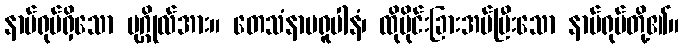
နာမ်ရုပ်ရှိသော ပုဂ္ဂိုလ်အား။ တေသံနာမရူပါနံ၊ ထိုပိုင်းခြားအပ်ပြီးသော နာမ်ရုပ်တို့၏။